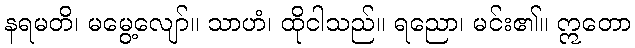
နရမတိ၊ မမွေ့လျော်။ သာဟံ၊ ထိုငါသည်။ ရညော၊ မင်း၏။ ဣတော